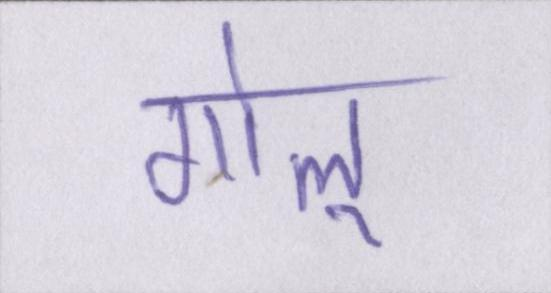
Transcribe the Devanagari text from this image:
गोलू